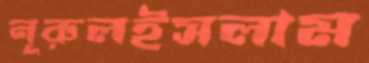
নূরুলইসলাম